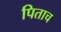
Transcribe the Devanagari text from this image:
पिताच